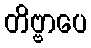
တိဗ္ဗာပေ